Kallis,_Oskar, lk 2
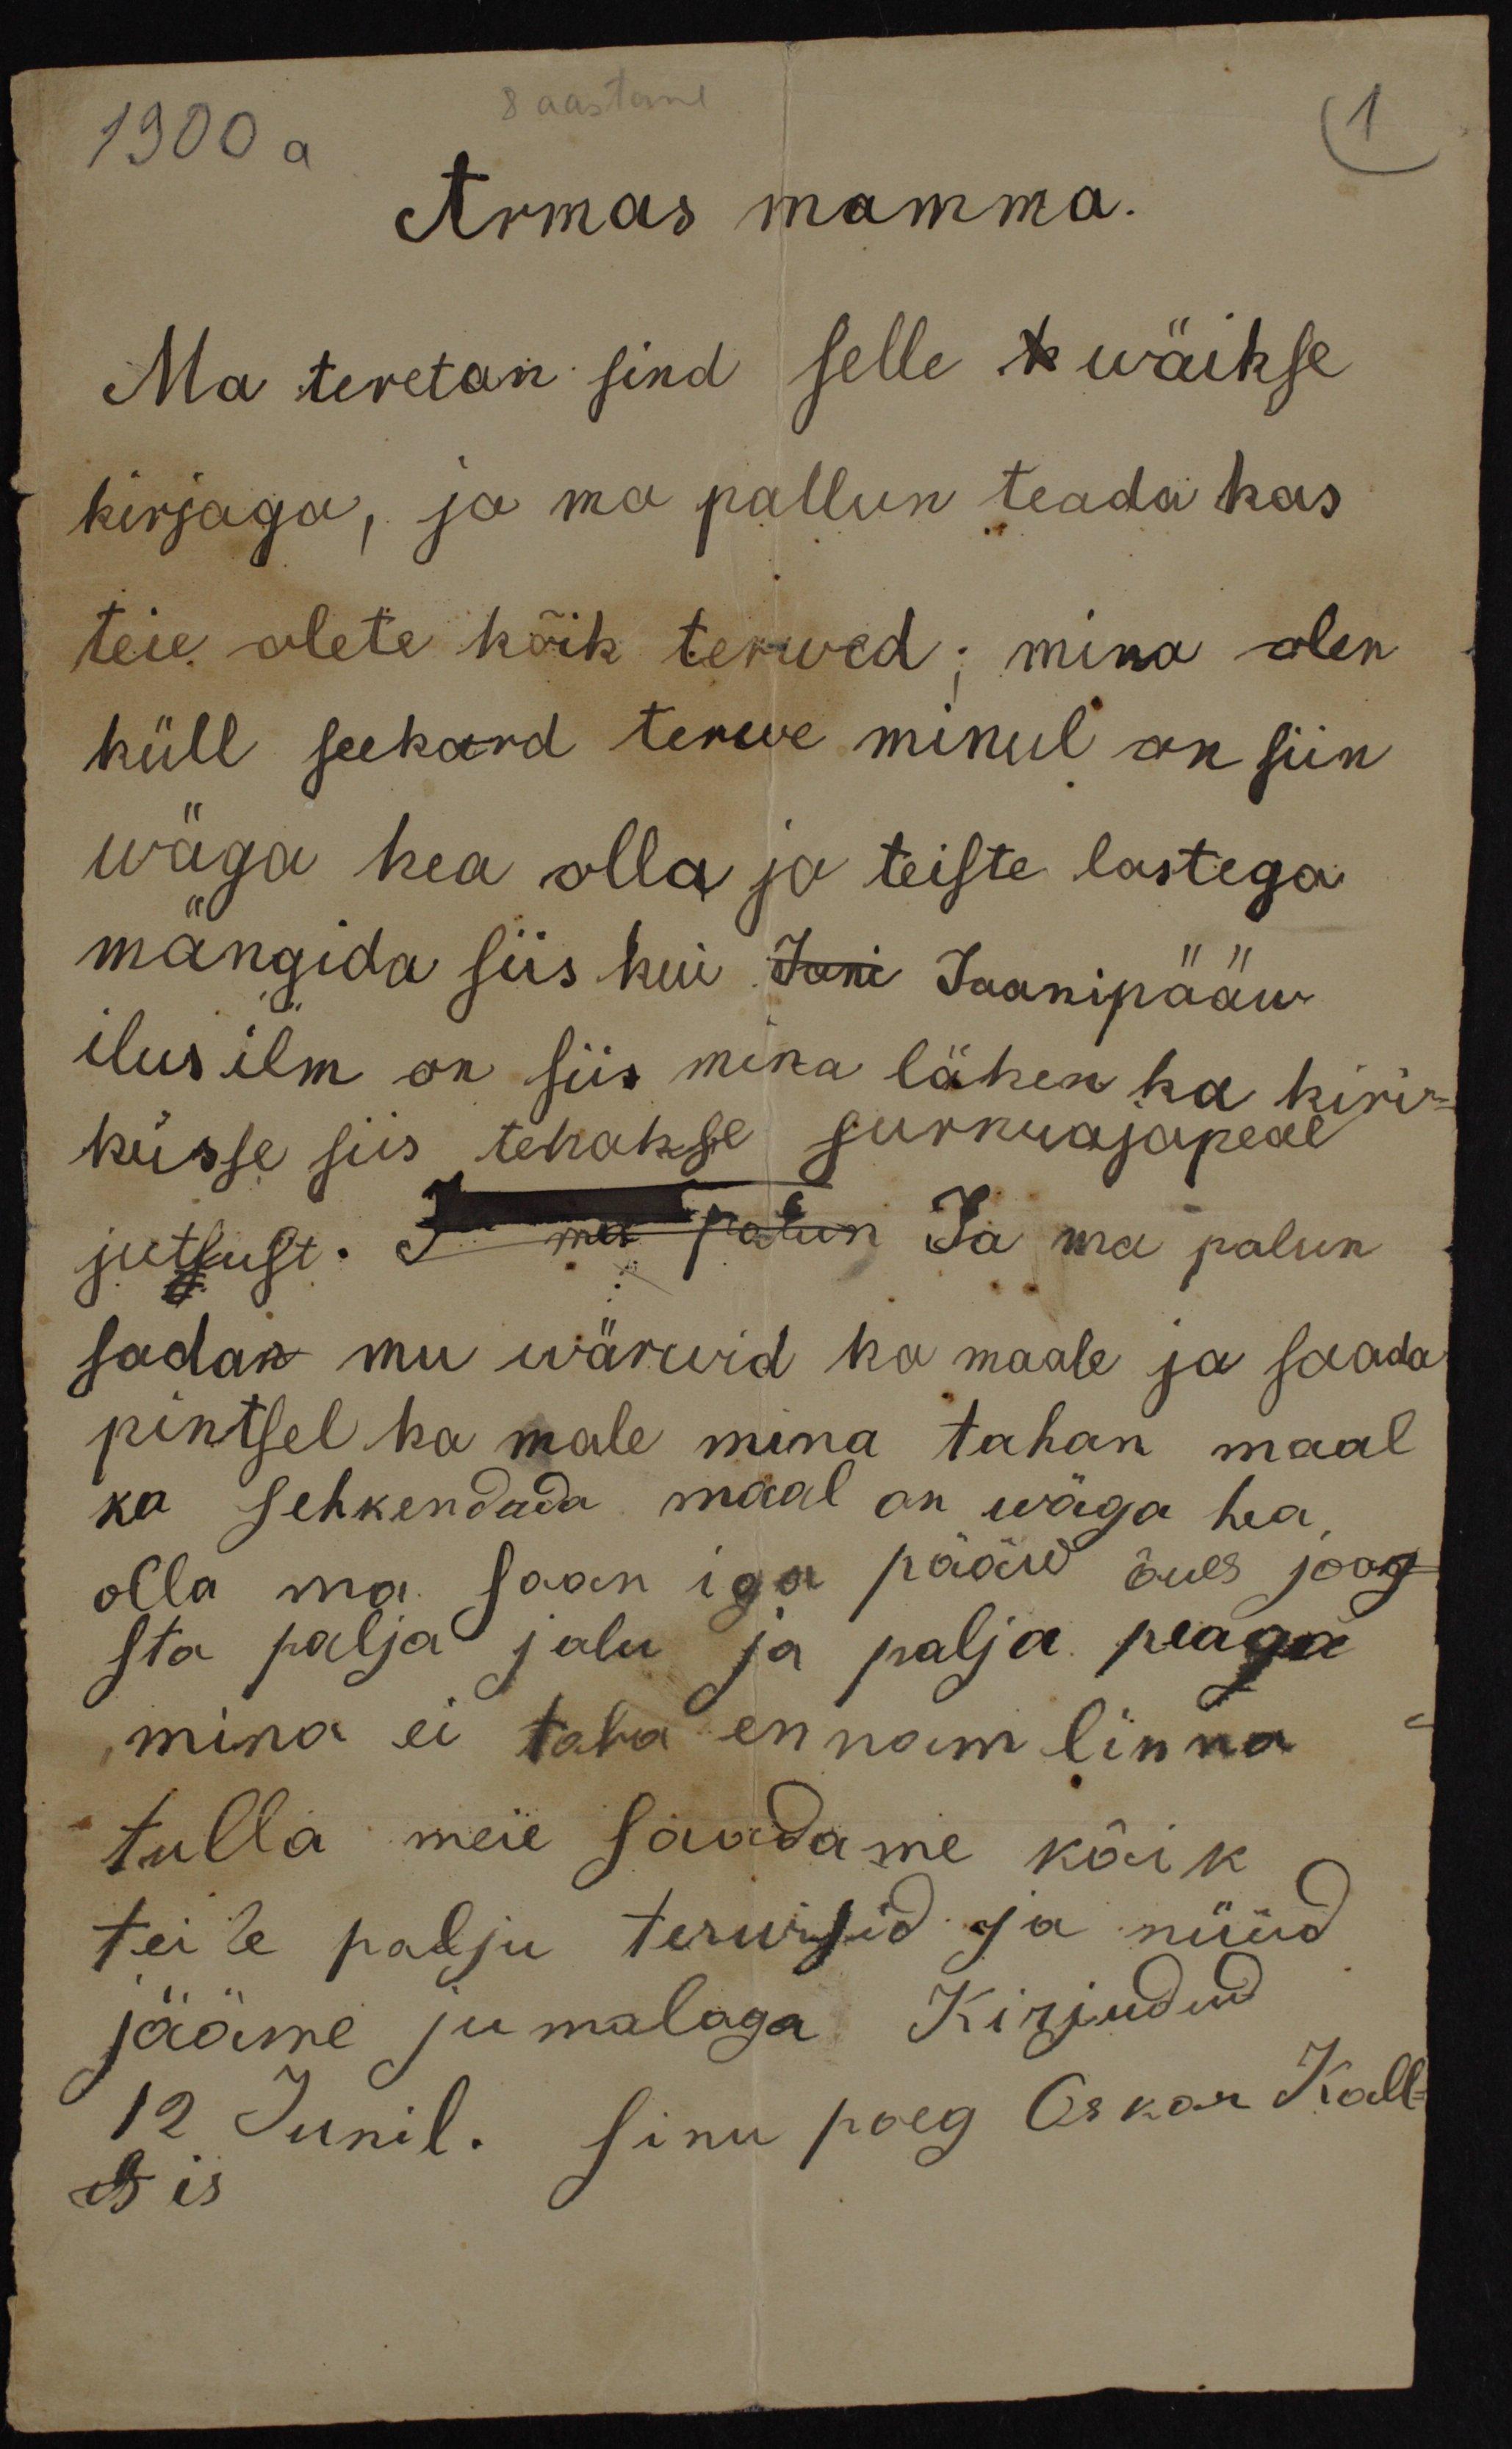
8 aastane.
1900 a
Armas mamma.
Ma teretan sind selle x wäikse
kirjaga, ja ma pallun teada kas
teie olete kõik terved; mina olen
küll seekord terwe minul on siin
wäga hea olla ja teiste lastega
mängida siis kui Jani Jaanipääw
ilus ilm on siis mina lähen ka kiri-
kusse siis tehakse surnuajapeal
jutlust. I ma palun Ja ma palun
sadan mu wärwid ka maale ja saada
pintsel ka male mina tahan maal
ka sehkendada maal on wäga hea,
olla ma saan iga pääw õues joog-
sta palja jalu ja palja peaga
mina ei taha ennam linna
tulla meie saadame kõik
teile palju tervisid ja nüüd
jääme jumalaga Kirjudud
12 Junil. sinu poeg Oskar Kall-
is